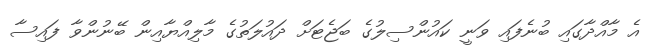
އެ މާއްދާގައި ބުނެފައި ވަނީ ކައުންސިލުގެ ބަޖެޓަށް ދައުލަތުގެ މާލިއްޔާއިން ބޭނުންވާ ފައިސާ